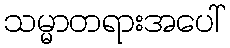
သမ္မာတရားအပေါ်